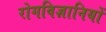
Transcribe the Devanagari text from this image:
रोगविज्ञानियों